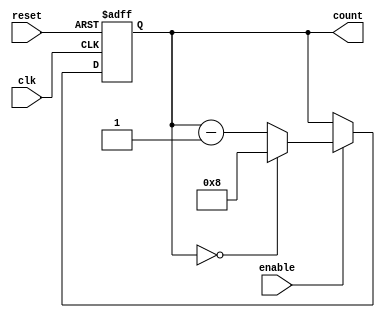
module Modulo_N_Down_Counter(
    input wire clk,
    input wire reset,
    input wire enable,
    output reg [N-1:0] count // N is the predetermined value
);

parameter N = 8; // Change this to the desired value of N

always @(posedge clk or posedge reset) begin
    if (reset) begin
        count <= N;
    end else if (enable) begin
        if (count == 0) begin
            count <= N;
        end else begin
            count <= count - 1;
        end
    end
end

endmodule